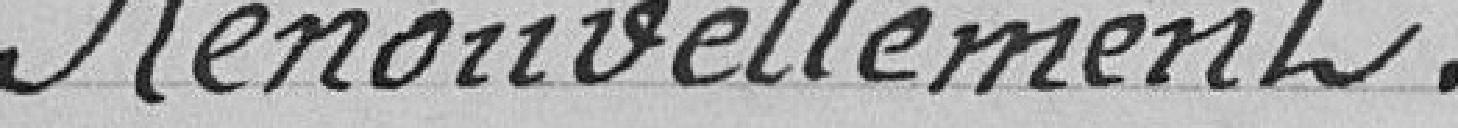
Renouvellement